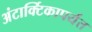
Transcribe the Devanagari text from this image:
अंटार्क्टिकापर्यंत